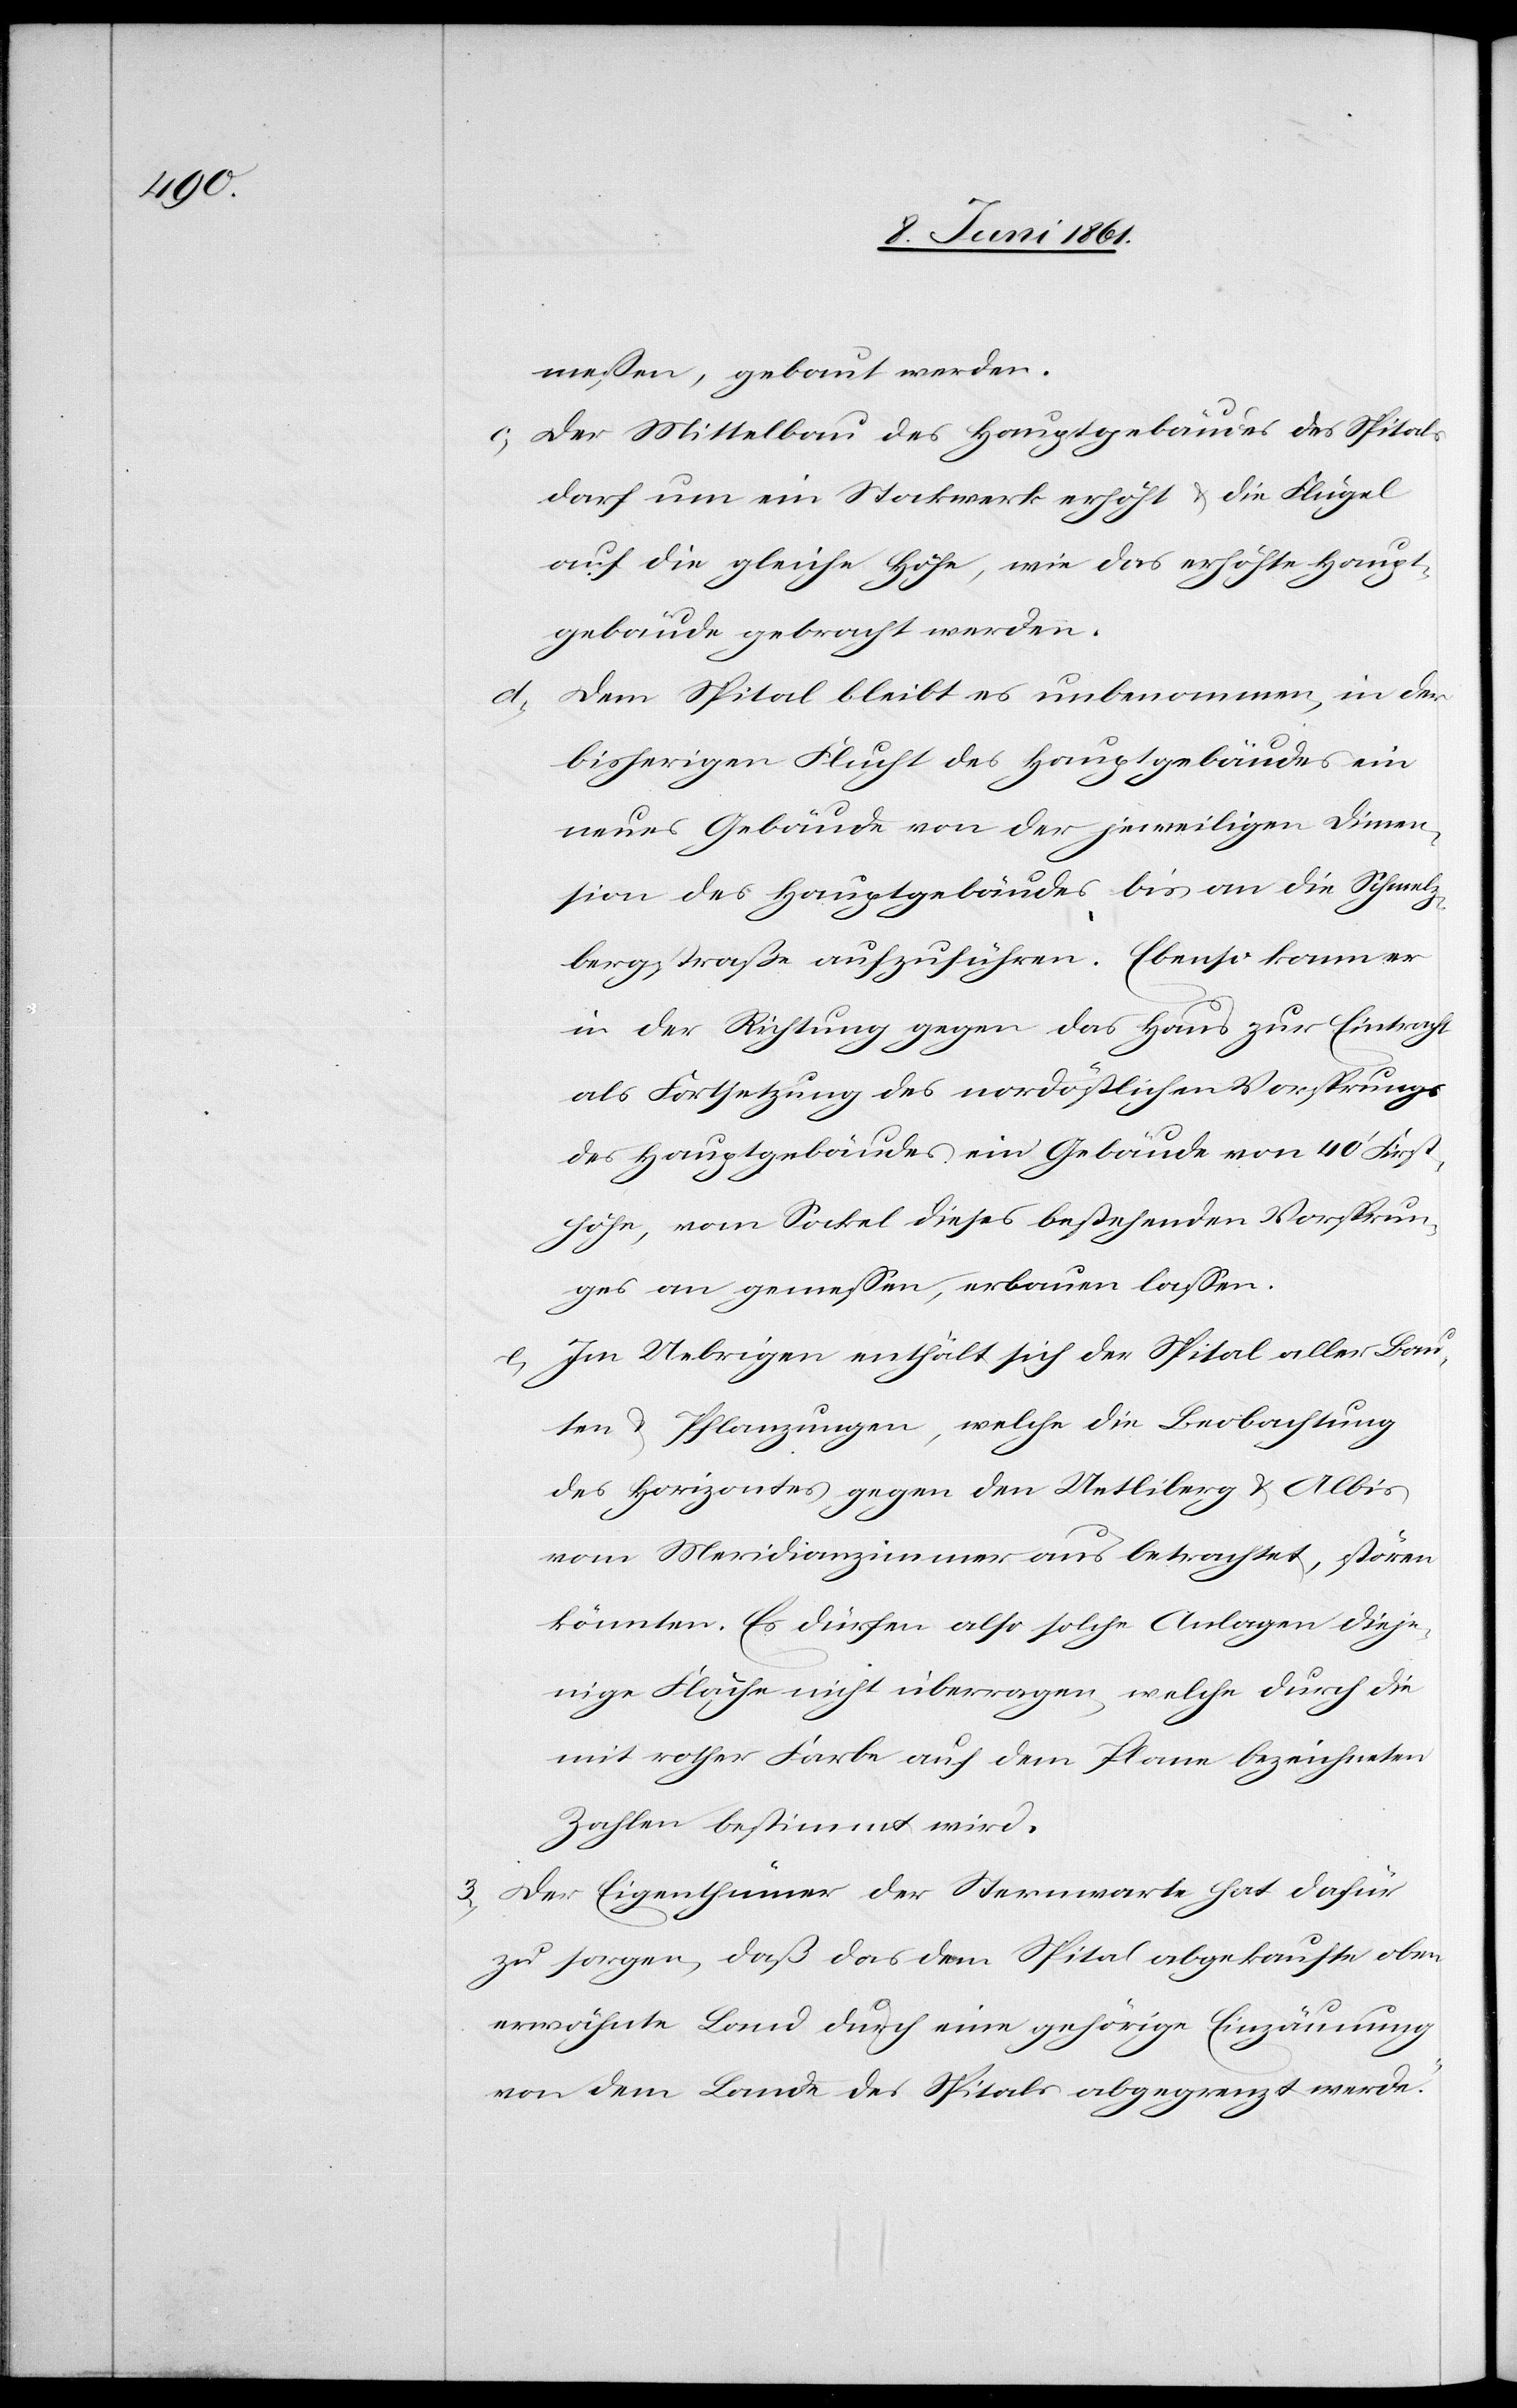
messen, gebaut werden.
c. Der Mittelbau des Hauptgebäudes des Spitals
darf um ein Stockwerk erhöht u. die Flügel
auf die gleiche Höhe, wie das erhöhte Haupt¬
gebäude gebracht werden.
Dem Spital bleibt es unbenommen, in der
bisherigen Flucht des Hauptgebäudes ein
neues Gebäude von der jeweiligen Dimen¬
sion des Hauptgebäudes bis an die Schmelz¬
bergstraße aufzuführen. Ebenso kann er
in der Richtung gegen das Haus zur Eintracht
als Fortsetzung des nordöstlichen Vorsprungs
des Hauptgebäudes ein Gebäude von 40’ First¬
d.
höhe, vom Sockel dieses bestehenden Vorsprun¬
ges an gemessen, erbauen lassen.
e. Im Uebrigen enthält sich der Spital aller Bau¬
ten u. Pflanzungen, welche die Beobachtung
des Horizontes gegen den Uetliberg u. Albis
vom Meridianzimmer aus betrachtet, stören
könnten. Es dürfen also solche Anlagen dieje¬
nige Fläche nicht überragen, welche durch die
mit rother Farbe auf dem Plan bezeichneten
Zahlen bestimmt wird.
3) Der Eigenthümer der Sternwarte hat dafür
zu sorgen, daß das dem Spital abgekaufte oben
erwähnte Land durch eine gehörige Einzäumung
von dem Lande des Spitals abgegrenzt werde.“